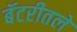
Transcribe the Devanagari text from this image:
बॅटरीतले